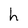
Character: h